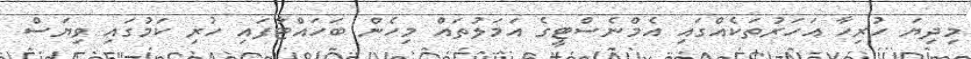
މިދިޔަ ހުރިހާ އަހަރުތަކެއްގައި އެމްނެސްޓީގެ އަމަލުތައް މިހެން ބަހައްޓާފައި ހުރި ކަމުގައި ވިޔަސް